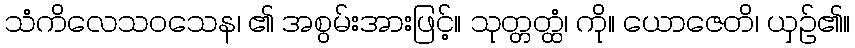
သံကိလေသဝသေန၊ ၏ အစွမ်းအားဖြင့်။ သုတ္တတ္ထံ၊ ကို။ ယောဇေတိ၊ ယှဉ်၏။